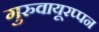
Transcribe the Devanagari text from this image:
गुरुवायूरप्पन